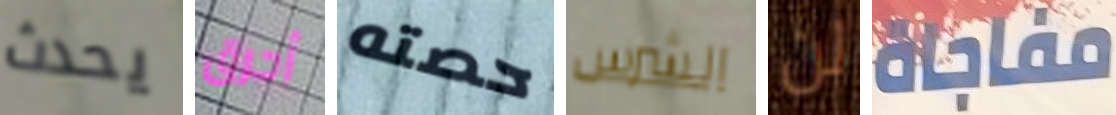
يحدث أحرق حصته الشرس لن مفاجاة